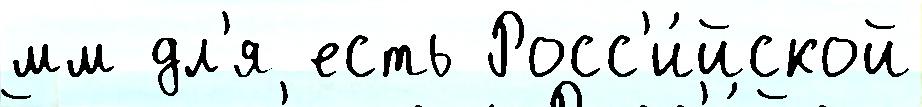
мм дл'я есть Росс'и́йской